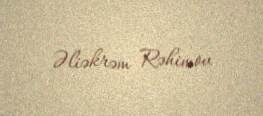
Əliəkrəm Rəhimov